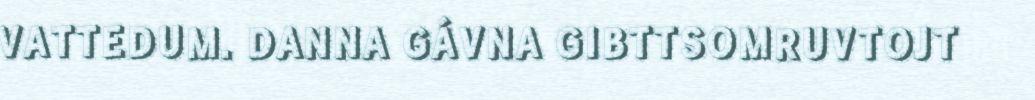
VATTEDUM. DANNA GÁVNA GIBTTSOMRUVTOJT